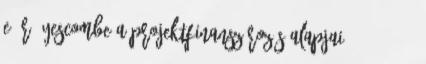
E. R. YESCOMBE A PROJEKTFINANSZÍROZÁS ALAPJAI 4 280,- 289